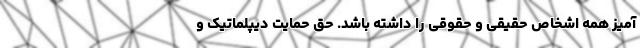
آمیز همه اشخاص حقیقی و حقوقی را داشته باشد. حق حمایت دیپلماتیک و